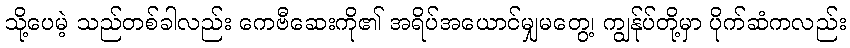
သို့ပေမဲ့ သည်တစ်ခါလည်း ကေဗီဆေးကို၏ အရိပ်အယောင်မျှမတွေ့၊ ကျွန်ုပ်တို့မှာ ပိုက်ဆံကလည်း